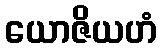
ယောဇိယဟံ